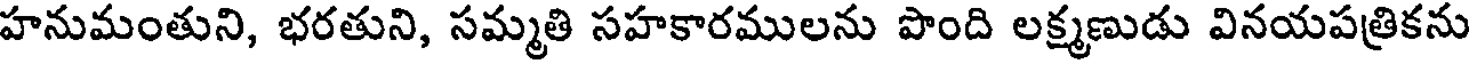
హనుమంతుని, భరతుని, సమ్మతి సహకారములను పొంది లక్ష్మణుడు వినయపత్రికను